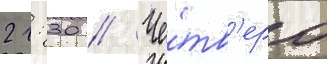
21: 30 // Че́тв'еро